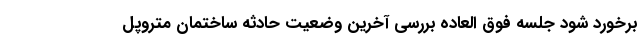
برخورد شود جلسه فوق العاده بررسی آخرین وضعیت حادثه ساختمان متروپل